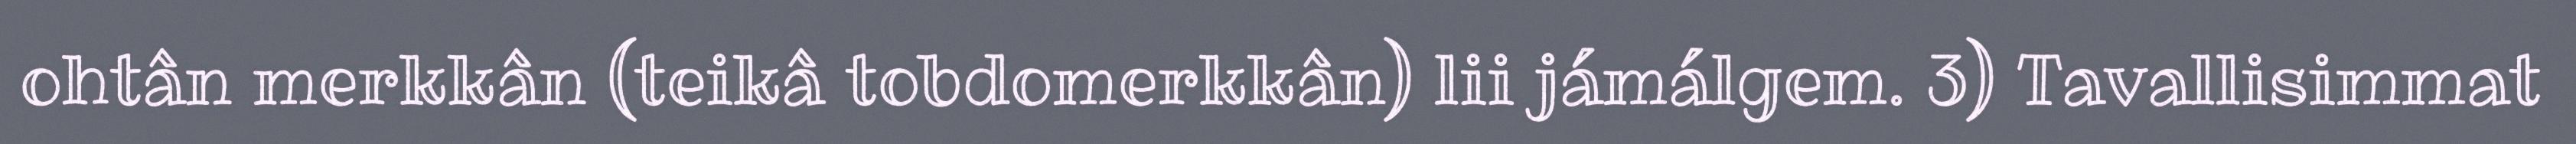
ohtân merkkân (teikâ tobdomerkkân) lii jámálgem. 3) Tavallisimmat